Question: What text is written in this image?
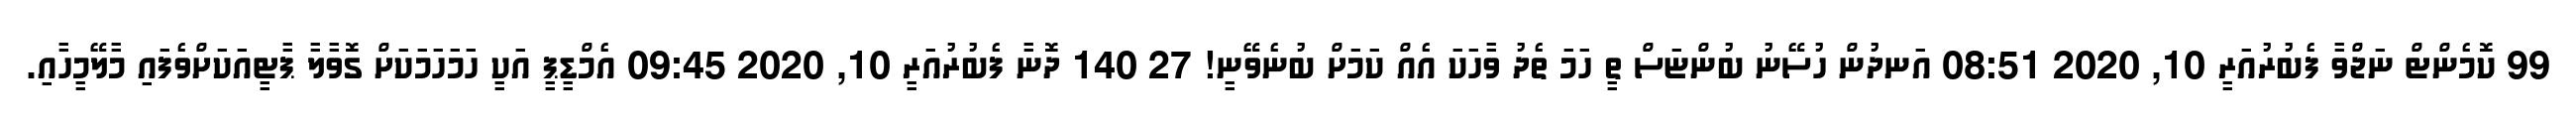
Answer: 99 ކޮމެންޓް ނަޖްވާ ފެބުރުއަރީ 10, 2020 08:51 އަނދުން ހުސޭނު ބުންޏަސް ތީ ހަމަ ތެދު ވާހަކަ އެއް ކަމަށް ބުނެވޭނީ! 27 140 ދޮނާ ފެބުރުއަރީ 10, 2020 09:45 އެމްޑީޕީ އަކީ ހަމަހަމަކަށް ގޮވާލާ ޕާޓީއަކަށްވެފައި މާލޭމީހާއި.